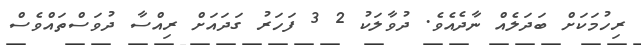
ރިހުމަކަށް ބަދަލެއް ނާދެއެވެ. ދުވާލަކު 2 3 ފަހަރު ގަދައަށް ރިއްސާ ދުވަސްތައްވެސް